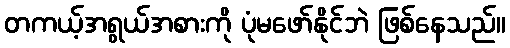
တကယ့်အရွယ်အစားကို ပုံမဖော်နိုင်ဘဲ ဖြစ်နေသည်။